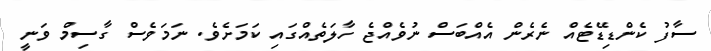
ސާފު ކެންޑިޑޭޓެއް ނެރެން އެއްބަސް ނުވެއްޖެ ހާލަތެއްގައި ކަމަށެވެ. ނަމަވެސް ގާސިމް ވަނީ